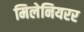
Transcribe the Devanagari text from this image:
मिलेनियरर